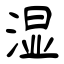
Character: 湿